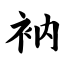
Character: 衲